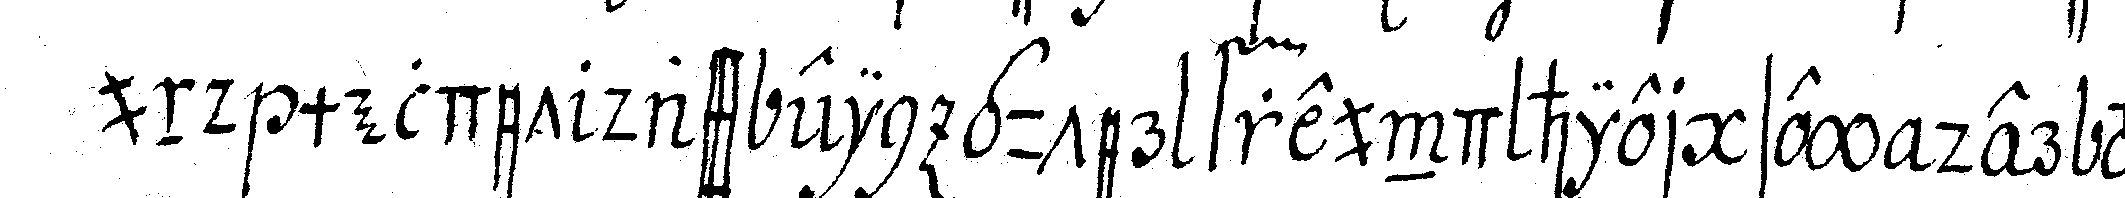
und meldet dass ein guter freund hier sey der ver